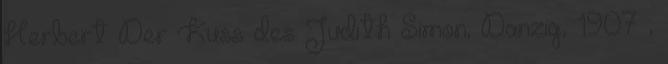
Herbert Der Kuss des Judith Simon; Danzig, 1907 ,